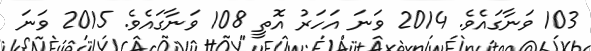
103 ވަނާގައެވެ. 2014 ވަނަ އަހަރު އޮތީ 108 ވަނާގައެވެ. 2015 ވަނަ